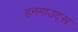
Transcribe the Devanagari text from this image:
हनगाउट्स